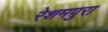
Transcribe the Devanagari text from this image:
रेशमपुरा